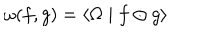
\omega ( f , g ) = \left\langle \Omega \mid f \odot g \right\rangle